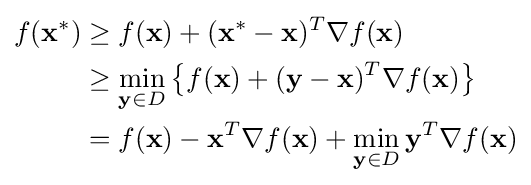
{\begin{aligned}f(\mathbf {x} ^{*})&\geq f(\mathbf {x} )+(\mathbf {x} ^{*}-\mathbf {x} )^{T}\nabla f(\mathbf {x} )\\&\geq \min _{\mathbf {y} \in D}\left\{f(\mathbf {x} )+(\mathbf {y} -\mathbf {x} )^{T}\nabla f(\mathbf {x} )\right\}\\&=f(\mathbf {x} )-\mathbf {x} ^{T}\nabla f(\mathbf {x} )+\min _{\mathbf {y} \in D}\mathbf {y} ^{T}\nabla f(\mathbf {x} )\end{aligned}}